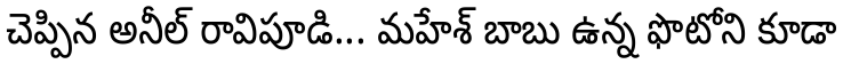
చెప్పిన అనీల్ రావిపూడి... మహేశ్ బాబు ఉన్న ఫొటోని కూడా